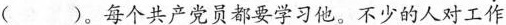
（）。每个共产党员都要学习他。不少的人对工作